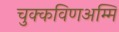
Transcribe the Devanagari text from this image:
चुक्कविणअम्मि